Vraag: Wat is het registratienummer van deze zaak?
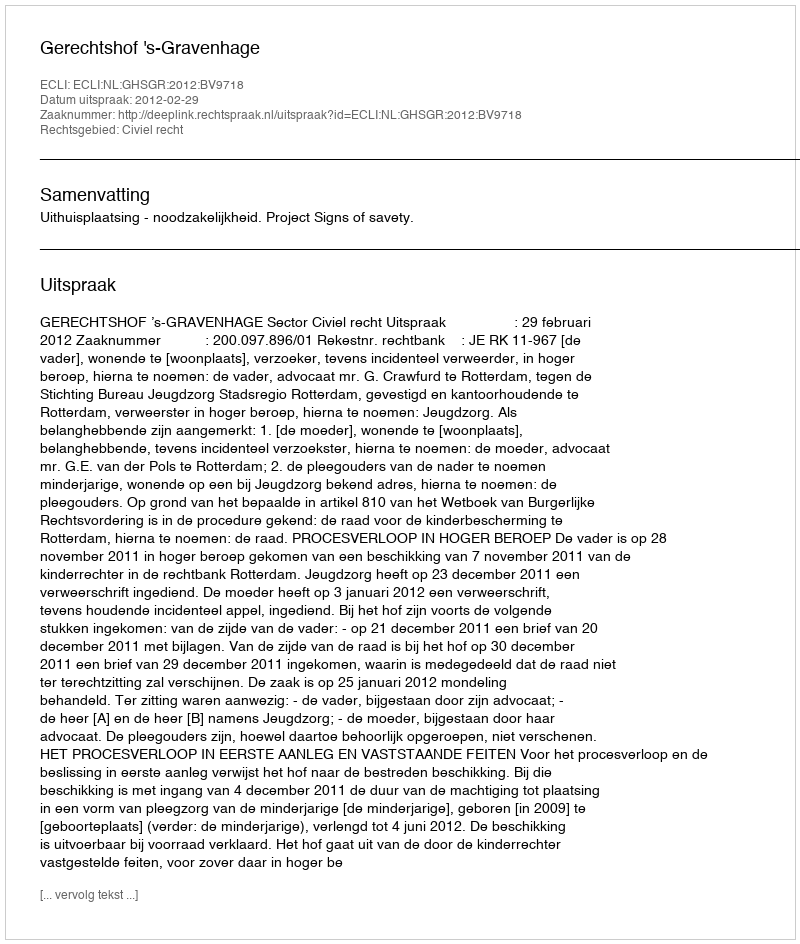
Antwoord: http://deeplink.rechtspraak.nl/uitspraak?id=ECLI:NL:GHSGR:2012:BV9718